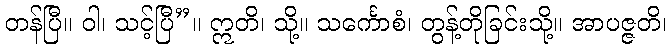
တန်ပြီ။ ဝါ၊ သင့်ပြီ”။ ဣတိ၊ သို့။ သင်္ကောစံ၊ တွန့်တိုခြင်းသို့။ အာပဇ္ဇတိ၊